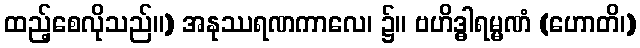
ထည့်စေလိုသည်။) အနုဿရဏကာလေ၊ ၌။ ဗဟိဒ္ဓါရမ္မဏံ (ဟောတိ၊)